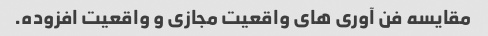
مقایسه فن آوری های واقعیت مجازی و واقعیت افزوده.